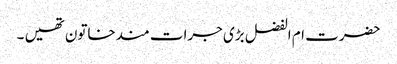
حضرت ام الفضل بڑی جرات مندخاتون تھیں ۔